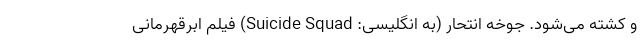
و کشته می‌شود. جوخه انتحار (به انگلیسی: Suicide Squad) فیلم ابرقهرمانی